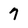
Character: 7